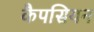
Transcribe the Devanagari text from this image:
कैपसियन